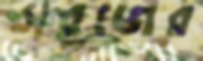
সবুজের